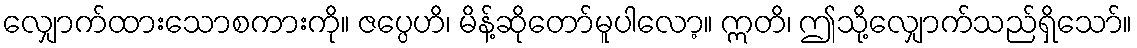
လျှောက်ထားသောစကားကို။ ဇပ္ပေဟိ၊ မိန့်ဆိုတော်မူပါလော့။ ဣတိ၊ ဤသို့လျှောက်သည်ရှိသော်။